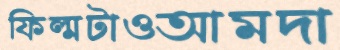
ফিল্মটাওআমদা